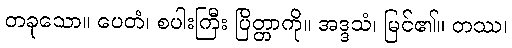
တခုသော။ ပေတံ၊ စပါးကြီး ပြိတ္တာကို။ အဒ္ဒသံ၊ မြင်၏။ တဿ၊